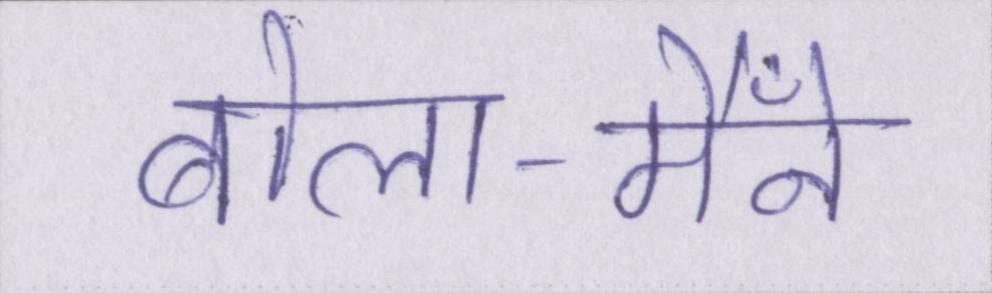
बोला-मैँने